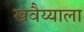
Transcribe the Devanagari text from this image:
खवैय्याला